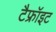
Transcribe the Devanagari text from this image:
टैफ्रॉइट